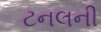
ટનલની